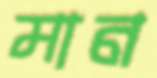
মান